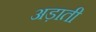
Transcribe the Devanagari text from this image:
अड़ाती